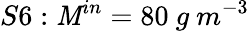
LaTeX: S6:\mathit{M}^{in}=80\ g\ m^{-3}